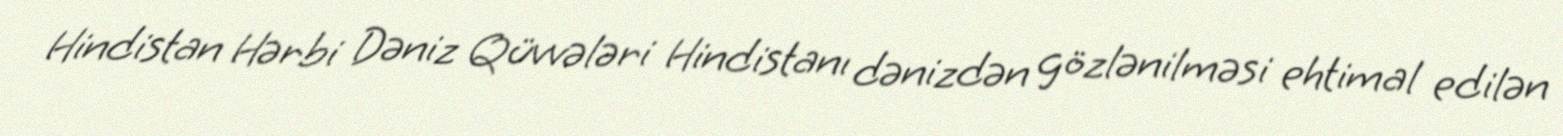
Hindistan Hərbi Dəniz Qüvvələri Hindistanı dənizdən gözlənilməsi ehtimal edilən